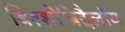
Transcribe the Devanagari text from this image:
बिश्शोबिद्दैलॉय